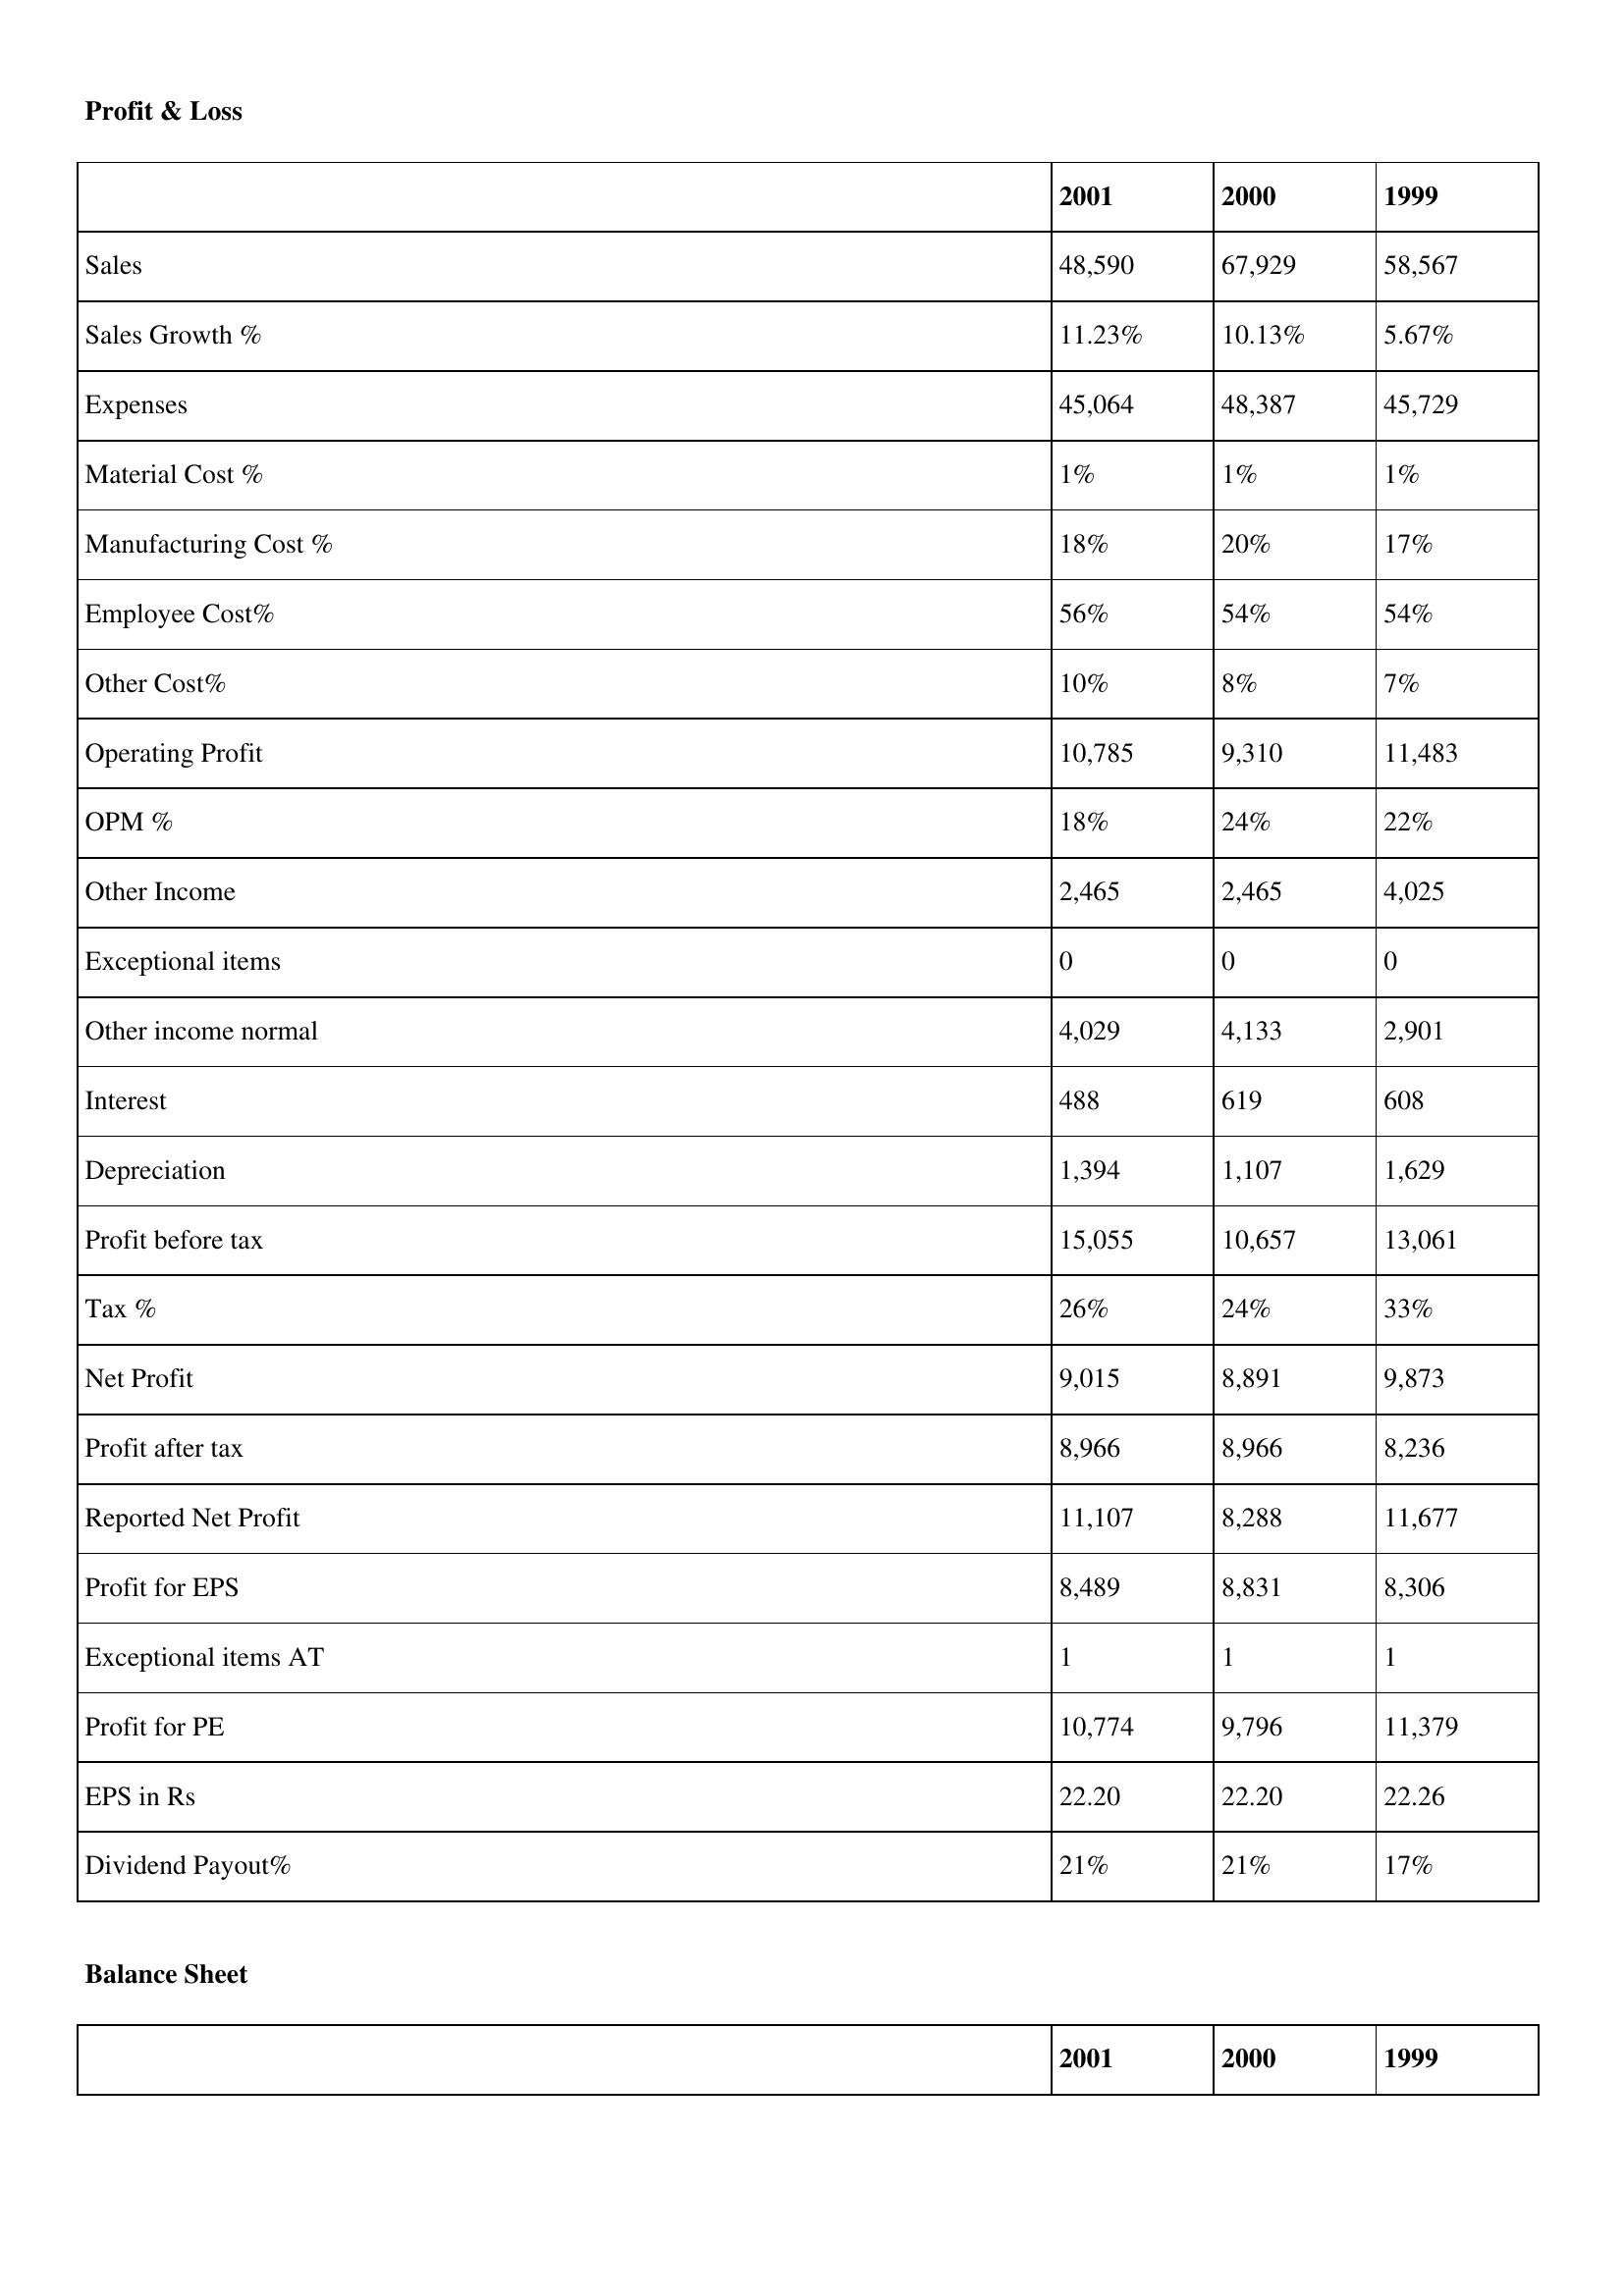
gt_parse: 2001: Profit & Loss: Sales: 48,590
Sales Growth %: 11.23%
Expenses: 45,064
Material Cost %: 1%
Manufacturing Cost %: 18%
Employee Cost%: 56%
Other Cost%: 10%
Operating Profit: 10,785
OPM %: 18%
Other Income: 2,465
Exceptional items: 0
Other income normal: 4,029
Interest: 488
Depreciation: 1,394
Profit before tax: 15,055
Tax %: 26%
Net Profit: 9,015
Profit after tax: 8,966
Reported Net Profit: 11,107
Profit for EPS: 8,489
Exceptional items AT: 1
Profit for PE: 10,774
EPS in Rs: 22.20
Dividend Payout%: 21%
2000: Profit & Loss: Sales: 67,929
Sales Growth %: 10.13%
Expenses: 48,387
Material Cost %: 1%
Manufacturing Cost %: 20%
Employee Cost%: 54%
Other Cost%: 8%
Operating Profit: 9,310
OPM %: 24%
Other Income: 2,465
Exceptional items: 0
Other income normal: 4,133
Interest: 619
Depreciation: 1,107
Profit before tax: 10,657
Tax %: 24%
Net Profit: 8,891
Profit after tax: 8,966
Reported Net Profit: 8,288
Profit for EPS: 8,831
Exceptional items AT: 1
Profit for PE: 9,796
EPS in Rs: 22.20
Dividend Payout%: 21%
1999: Profit & Loss: Sales: 58,567
Sales Growth %: 5.67%
Expenses: 45,729
Material Cost %: 1%
Manufacturing Cost %: 17%
Employee Cost%: 54%
Other Cost%: 7%
Operating Profit: 11,483
OPM %: 22%
Other Income: 4,025
Exceptional items: 0
Other income normal: 2,901
Interest: 608
Depreciation: 1,629
Profit before tax: 13,061
Tax %: 33%
Net Profit: 9,873
Profit after tax: 8,236
Reported Net Profit: 11,677
Profit for EPS: 8,306
Exceptional items AT: 1
Profit for PE: 11,379
EPS in Rs: 22.26
Dividend Payout%: 17%